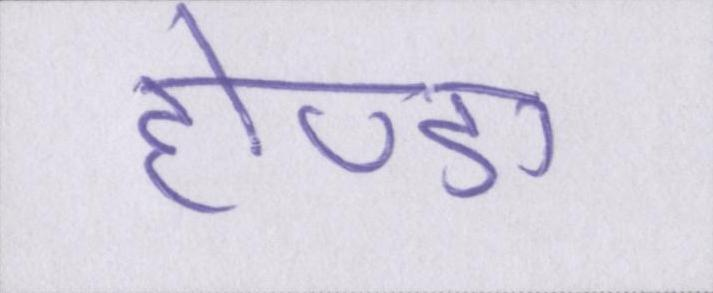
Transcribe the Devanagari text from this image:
होण्डा